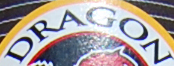
DRAGON